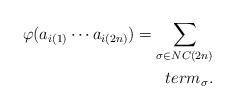
LaTeX: \begin{align*} \varphi ( a_{i(1)} \cdots a_{i(2n)} ) = \sum_{\sigma \in NC(2n)} \\term_{\sigma}.\end{align*}